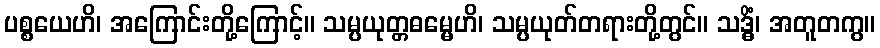
ပစ္စယေဟိ၊ အကြောင်းတို့ကြောင့်။ သမ္ပယုတ္တဓမ္မေဟိ၊ သမ္ပယုတ်တရားတို့တွင်။ သဒ္ဓိံ၊ အတူတကွ။